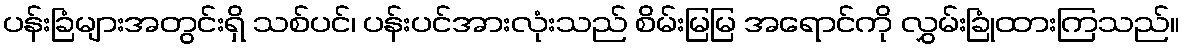
ပန်းခြံများအတွင်းရှိ သစ်ပင်၊ ပန်းပင်အားလုံးသည် စိမ်းမြမြ အရောင်ကို လွှမ်းခြုံထားကြသည်။